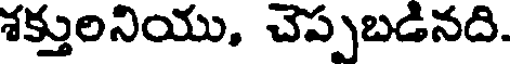
శక్తులనియు, చెప్పబడినది.